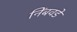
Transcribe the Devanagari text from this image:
निंबवडे